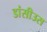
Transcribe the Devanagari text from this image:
डांसीउस